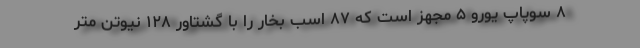
۸ سوپاپ یورو ۵ مجهز است که ۸۷ اسب بخار را با گشتاور ۱۲۸ نیوتن متر